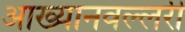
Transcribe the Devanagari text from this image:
आख्यानवल्लरी